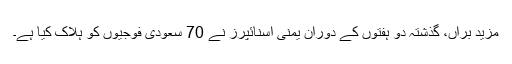
مزید برآں، گذشتہ دو ہفتوں کے دوران یمنی اسنائپرز نے 70 سعودی فوجیوں کو ہلاک کیا ہے۔